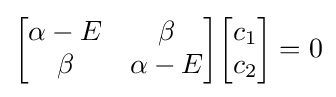
{\begin{bmatrix}\alpha -E&\beta \\\beta &\alpha -E\\\end{bmatrix}}{\begin{bmatrix}c_{1}\\c_{2}\\\end{bmatrix}}=0